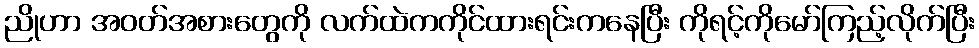
ညိုဟာ အဝတ်အစားတွေကို လက်ထဲကကိုင်ထားရင်းကနေပြီး ကိုရင့်ကိုမော်ကြည့်လိုက်ပြီး